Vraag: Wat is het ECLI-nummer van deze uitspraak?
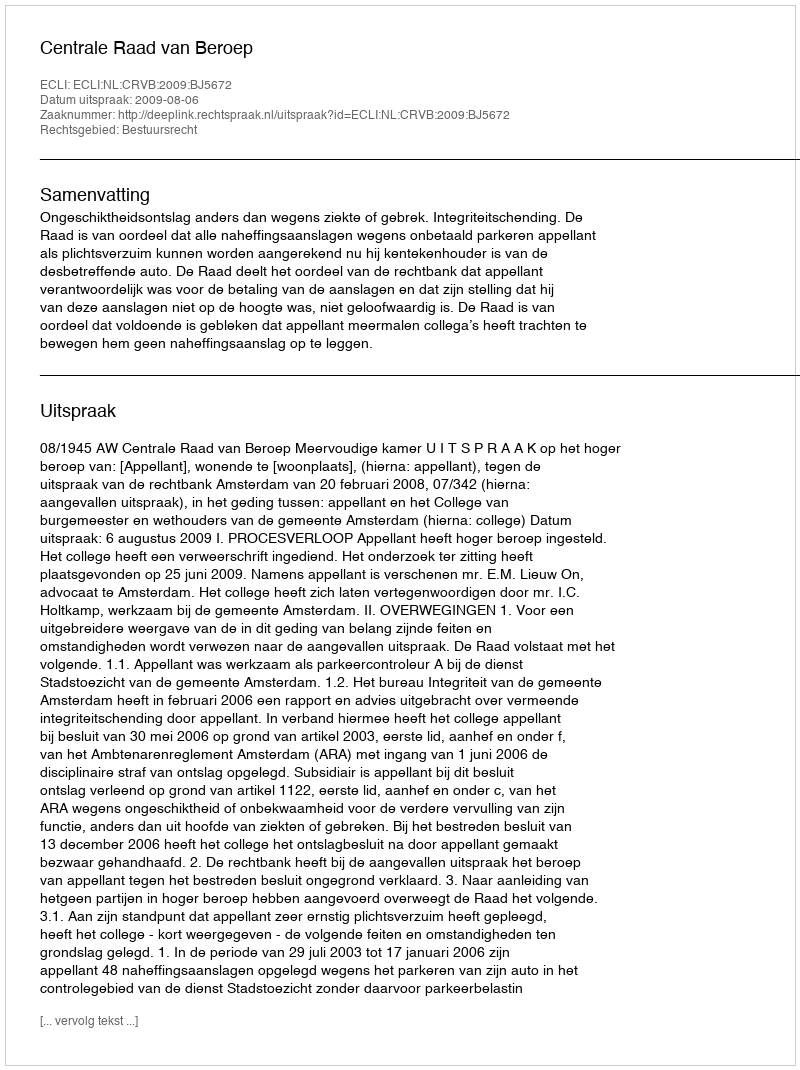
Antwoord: ECLI:NL:CRVB:2009:BJ5672